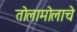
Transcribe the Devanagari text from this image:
तोलामोलाचे